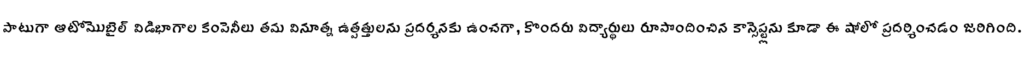
పాటుగా ఆటోమొబైల్ విడిభాగాల కంపెనీలు తమ వినూత్న ఉత్పత్తులను ప్రదర్శనకు ఉంచగా, కొందరు విద్యార్థులు రూపొందించిన కాన్సెప్ట్లను కూడా ఈ షోలో ప్రదర్శించడం జరిగింది.